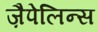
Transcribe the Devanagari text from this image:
ज़ैपेलिन्स